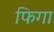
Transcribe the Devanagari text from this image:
फिगा